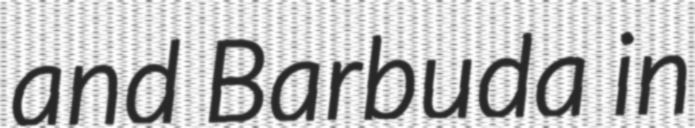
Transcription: and Barbuda in